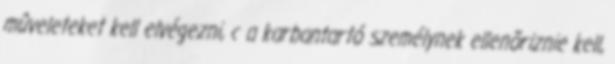
mûveleteket kell elvégezni, c a karbantartó személynek ellenõriznie kell,